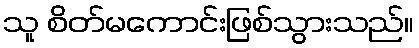
သူ စိတ်မကောင်းဖြစ်သွားသည်။